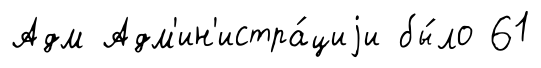
Адм Адм'ин'истра́циjи бы́ло 61